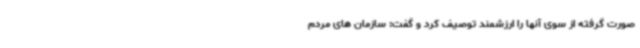
صورت گرفته از سوی آنها را ارزشمند توصیف کرد و گفت: سازمان های مردم